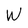
Character: W